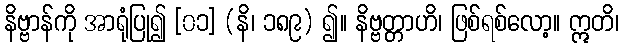
နိဗ္ဗာန်ကို အာရုံပြု၍ [၀၁] (နိ၊ ၁၈၉) ၍။ နိဗ္ဗတ္တာဟိ၊ ဖြစ်ရစ်လော့။ ဣတိ၊